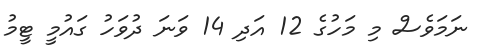
ނަމަވެސް މި މަހުގެ 12 އަދި 14 ވަނަ ދުވަހު ގައުމީ ޓީމު